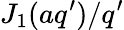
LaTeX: J_{1}(aq^{\prime})/q^{\prime}